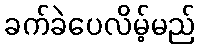
ခက်ခဲပေလိမ့်မည်